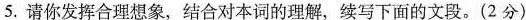
5.请你发挥合理想象，结合对本词的理解，续写下面的文段。(2分)